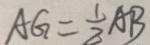
A G = \frac { 1 } { 2 } A B